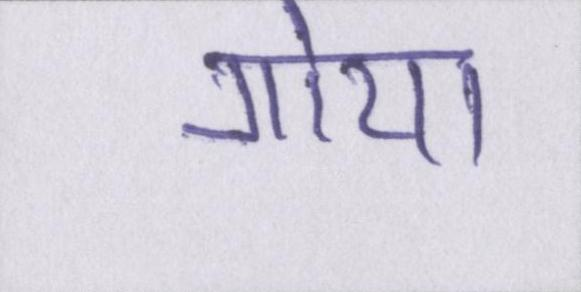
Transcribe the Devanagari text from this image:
गोया